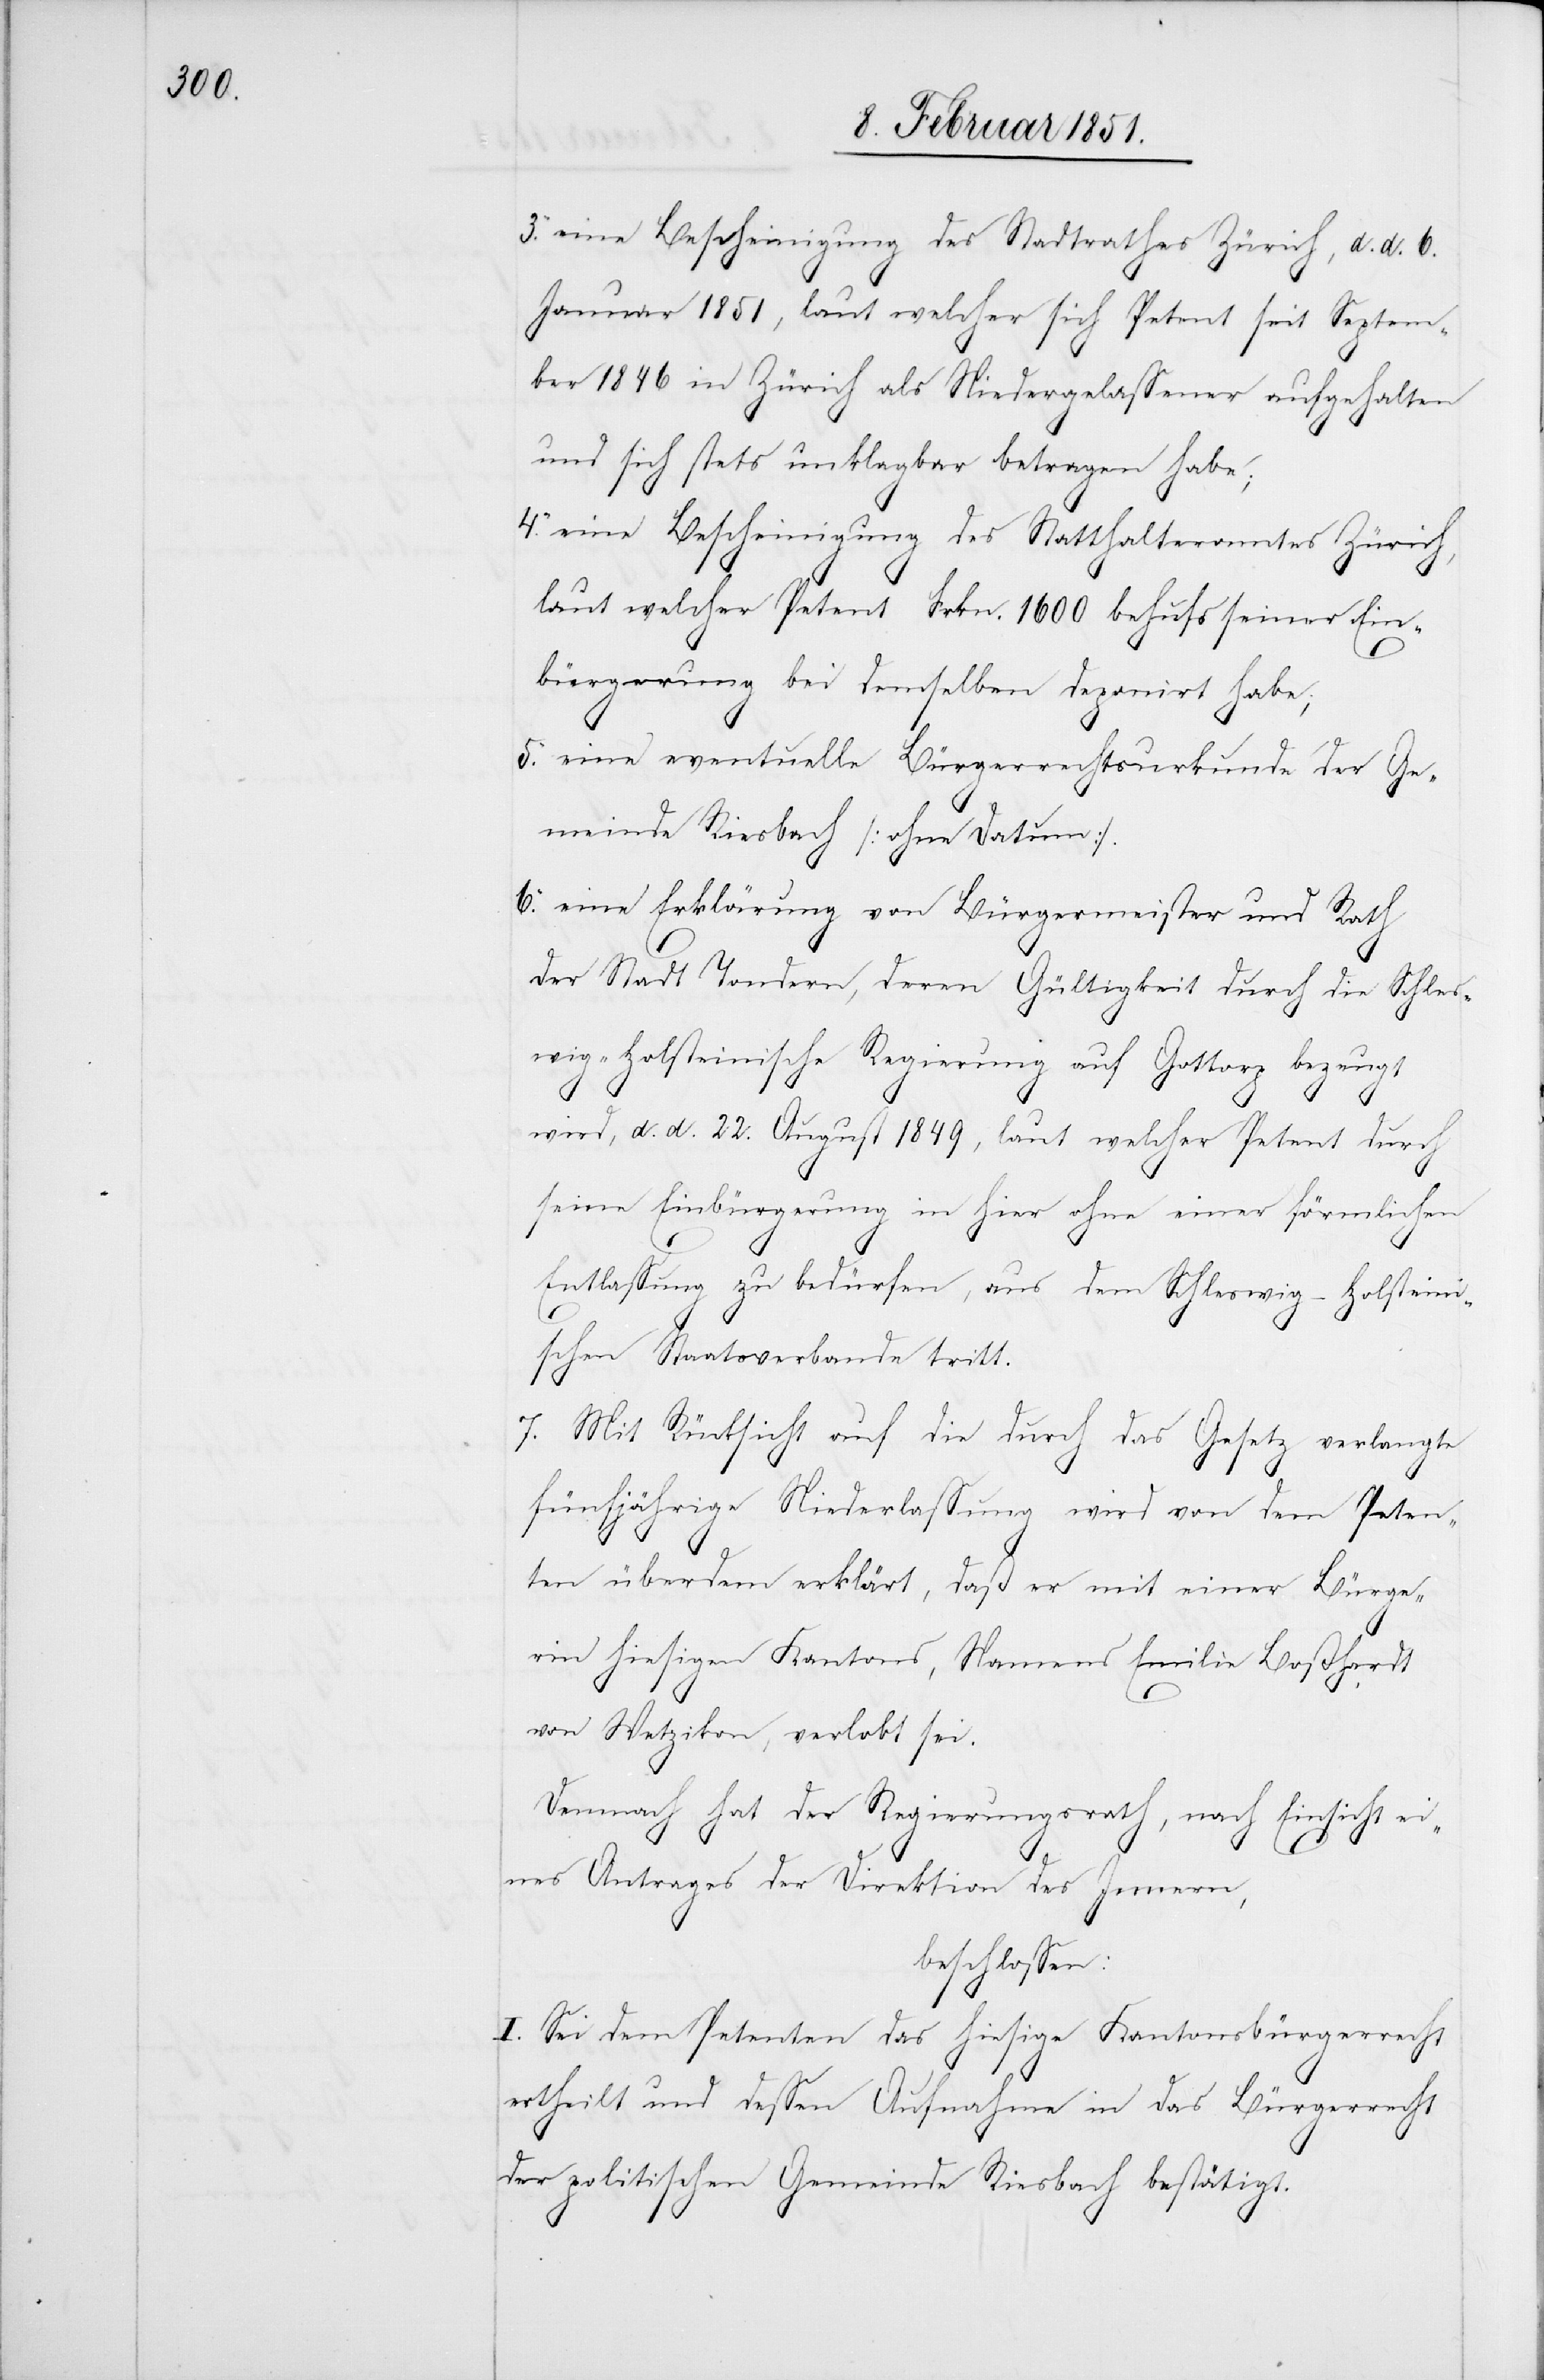
eine Bescheinigung des Stadtrathes Zürich, d. d. 6.
Januar 1851, laut welcher sich Petent seit Septem¬
ber 1846 in Zürich als Niedergelassener aufgehalten
und sich stets unklagbar betragen habe;
eine Bescheinigung des Statthalteramtes Zürich,
laut welcher Petent Frkn. 1600 behufs seiner Ein¬
bürgerung bei demselben deponirt habe;
eine eventuelle Bürgerrechtsurkunde der Ge¬
meinde Riesbach [ohne Datum].
eine Erklärung von Bürgermeister und Rath
der Stadt Tondern, deren Gültigkeit durch die Schles¬
wig-Holsteinische Regierung auf Gottorp bezeugt
6.
wird, d. d. 22. August 1849, laut welcher Petent durch
seine Einbürgerung in hier ohne einer förmlichen
7.
Entlassung zu bedürfen, aus dem Schleswig-Holstein¬
ischen Staatsverbande tritt.
Mit Rücksicht auf die durch das Gesetz verlangte
fünfjährige Niederlassung wird von dem Peten¬
ten überdem erklärt, daß er mit einer Bürge¬
rin hiesigen Kantons, Namens Emilie Boßhardt
von Wetzikon, verlobt sei.
Demnach hat der Regierungsrath, nach Einsicht ei¬
nes Antrages der Direktion des Innern,
beschlossen:
I. Sei dem Petenten das hiesige Kantonsbürgerrecht
ertheilt und dessen Aufnahme in das Bürgerrecht
der politischen Gemeinde Riesbach bestätigt.